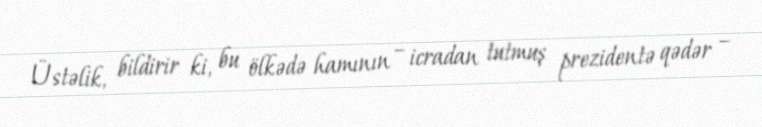
Üstəlik, bildirir ki, bu ölkədə hamının – icradan tutmuş prezidentə qədər –